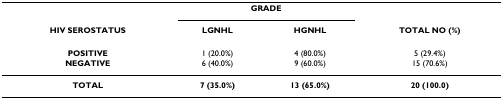
<table><thead><tr><td></td><td colspan="2"><b>GRADE</b></td><td></td></tr><tr><td><b>HIV SEROSTATUS</b></td><td><b>LGNHL</b></td><td><b>HGNHL</b></td><td><b>TOTAL NO (%)</b></td></tr></thead><tbody><tr><td><b>POSITIVE</b></td><td>1 (20.0%)</td><td>4 (80.0%)</td><td>5 (29.4%)</td></tr><tr><td><b>NEGATIVE</b></td><td>6 (40.0%)</td><td>9 (60.0%)</td><td>15 (70.6%)</td></tr><tr><td><b>TOTAL</b></td><td><b>7 (35.0%)</b></td><td><b>13 (65.0%)</b></td><td><b>20 (100.0)</b></td></tr></tbody></table>